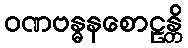
ဝဏဗန္ဓနစောဠန္တိ